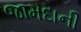
જામદાની